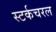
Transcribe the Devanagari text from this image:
स्टर्कचरल